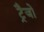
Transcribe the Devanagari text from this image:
ट्रैजो